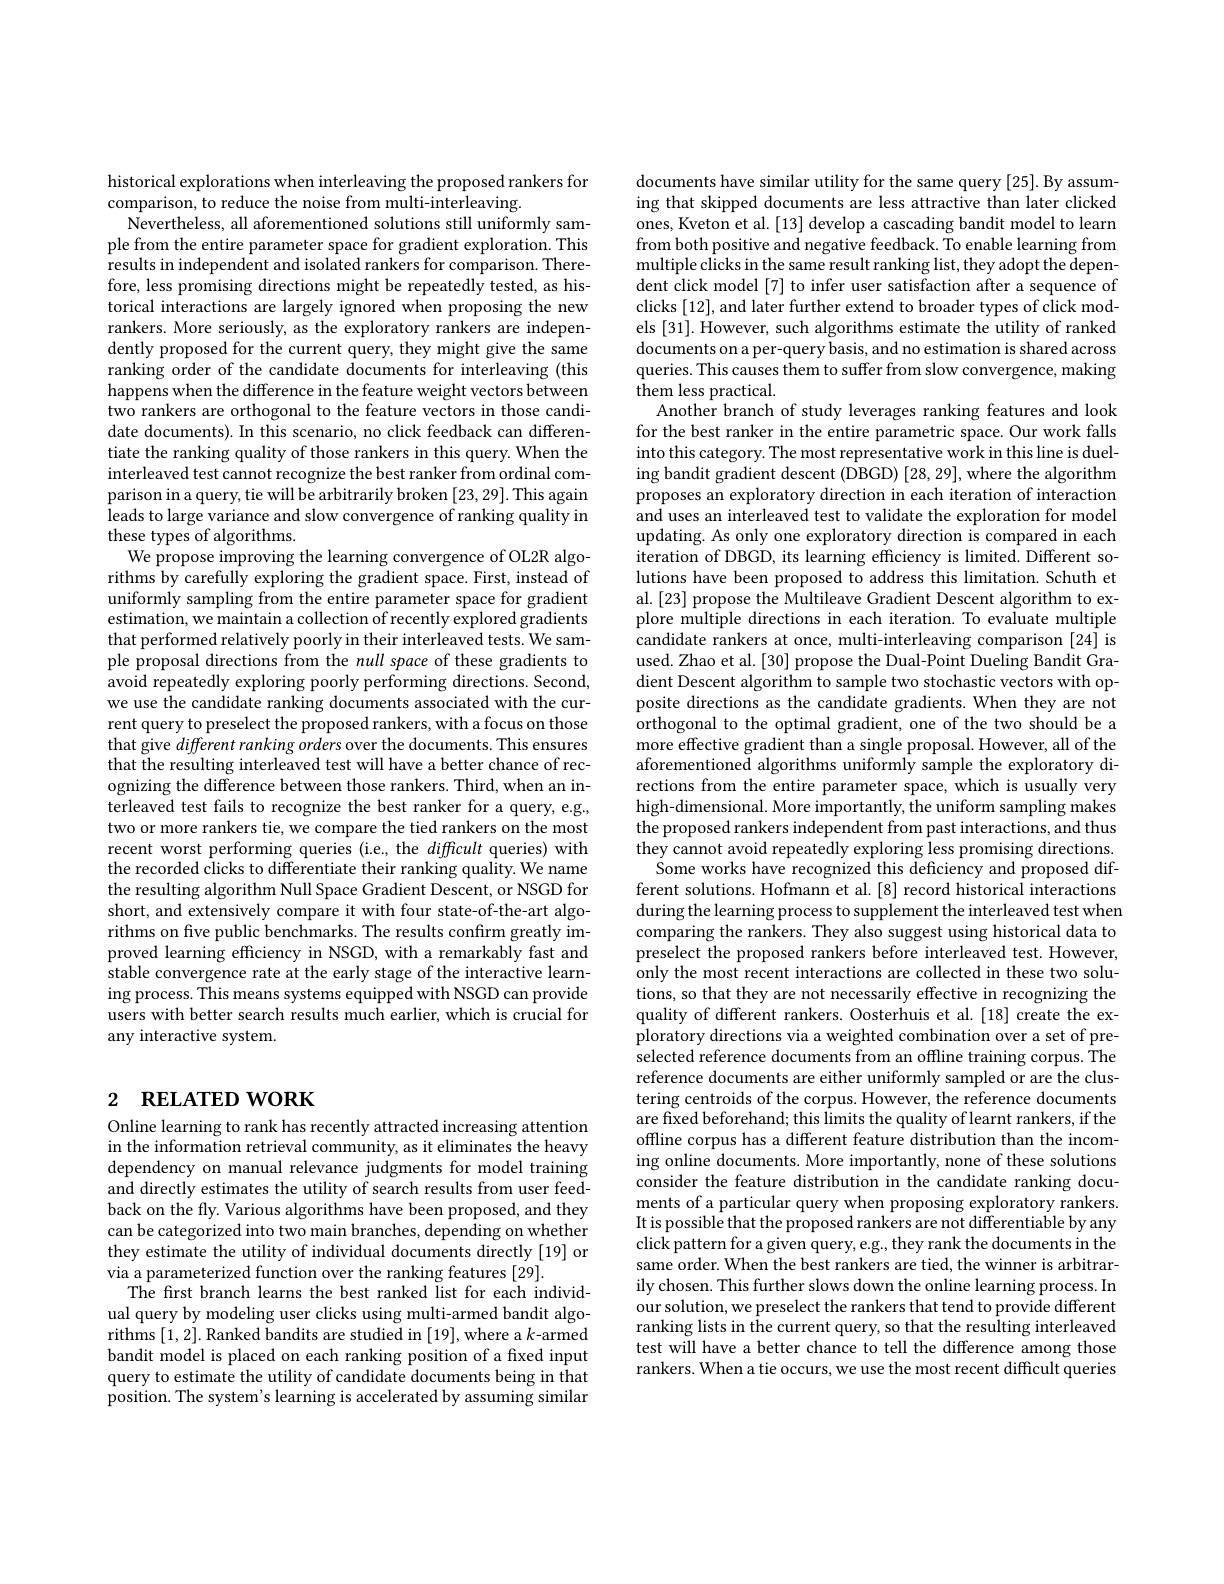
historical explorations when interleaving the proposed rankers for
comparison, to reduce the noise from multi-interleaving.
Nevertheless, all aforementioned solutions still uniformly sample from the entire parameter space for gradient exploration. This results in independent and isolated rankers for comparison. Therefore, less promising directions might be repeatedly tested, as historical interactions are largely ignored when proposing the new rankers. More seriously, as the exploratory rankers are independently proposed for the current query, they might give the same ranking order of the candidate documents for interleaving (this happens when the difference in the feature weight vectors between two rankers are orthogonal to the feature vectors in those candidate documents). In this scenario, no click feedback can differentiate the ranking quality of those rankers in this query. When the interleaved test cannot recognize the best ranker from ordinal comparison in a query, tie will be arbitrarily broken [23,29]. This again leads to large variance and slow convergence of ranking quality in these types of algorithms.
We propose improving the learning convergence of OL2R algorithms by carefully exploring the gradient space. First, instead of uniformly sampling from the entire parameter space for gradient estimation, we maintain a collection of recently explored gradients that performed relatively poorly in their interleaved tests. We sample proposal directions from the null space of these gradients to avoid repeatedly exploring poorly performing directions. Second, we use the candidate ranking documents associated with the current query to preselect the proposed rankers, with a focus on those that give different ranking orders over the documents. This ensures that the resulting interleaved test will have a better chance of recognizing the difference between those rankers. Third, when an interleaved test fails to recognize the best ranker for a query, e.g. two or more rankers tie, we compare the tied rankers on the most recent worst performing queries (i.e., the difficult queries) with the recorded clicks to differentiate their ranking quality. We name the resulting algorithm Null Space Gradient Descent, or NSGD for short, and extensively compare it with four state-of-the-art algorithms on five public benchmarks. The results confirm greatly improved learning efficiency in NSGD, with a remarkably fast and stable convergence rate at the early stage of the interactive learning process. This means systems equipped with NSGD can provide users with better search results much earlier, which is crucial for any interactive system.

# 2 RELATED WORK

Online learning to rank has recently attracted increasing attention in the information retrieval community, as it eliminates the heavy dependency on manual relevance judgments for model training and directly estimates the utility of search results from user feedback on the fly. Various algorithms have been proposed, and they can be categorized into two main branches, depending on whether they estimate the utility of individual documents directly [19] or via a parameterized function over the ranking features [29].
The first branch learns the best ranked list for each individual query by modeling user clicks using multi-armed bandit algorithms [1,2]. Ranked bandits are studied in [19],where a $k$-armed bandit model is placed on each ranking position of a fixed input query to estimate the utility of candidate documents being in that position. The system's learning is accelerated by assuming similar

documents have similar utility for the same query [25]. By assuming that skipped documents are less attractive than later clicked ones, Kveton et al. [13] develop a cascading bandit model to learn from both positive and negative feedback. To enable learning from multiple clicks in the same result ranking list, they adopt the dependent click model [7] to infer user satisfaction after a sequence of clicks [12], and later further extend to broader types of click models [31]. However, such algorithms estimate the utility of ranked documents on a per-query basis, and no estimation is shared across queries. This causes them to suffer from slow convergence, making them less practical.
Another branch of study leverages ranking features and look for the best ranker in the entire parametric space. Our work falls into this category. The most representative work in this line is dueling bandit gradient descent (DBGD) [28,29], where the algorithm proposes an exploratory direction in each iteration of interaction and uses an interleaved test to validate the exploration for model updating. As only one exploratory direction is compared in each iteration of DBGD, its learning efficiency is limited. Different solutions have been proposed to address this limitation. Schuth et al. [23] propose the Multileave Gradient Descent algorithm to explore multiple directions in each iteration. To evaluate multiple candidate rankers at once, multi-interleaving comparison [24] is used. Zhao et al.[30] propose the Dual-Point Dueling Bandit Gradient Descent algorithm to sample two stochastic vectors with opposite directions as the candidate gradients. When they are not orthogonal to the optimal gradient, one of the two should be a more effective gradient than a single proposal. However, all of the aforementioned algorithms uniformly sample the exploratory directions from the entire parameter space, which is usually very high-dimensional. More importantly, the uniform sampling makes the proposed rankers independent from past interactions, and thus they cannot avoid repeatedly exploring less promising directions.
Some works have recognized this deficiency and proposed different solutions. Hofmann et al.[8] record historical interactions during the learning process to supplement the interleaved test when comparing the rankers. They also suggest using historical data to preselect the proposed rankers before interleaved test. However, only the most recent interactions are collected in these two solutions, so that they are not necessarily effective in recognizing the quality of different rankers. Oosterhuis et al. [18] create the exploratory directions via a weighted combination over a set of preselected reference documents from an offline training corpus. The reference documents are either uniformly sampled or are the clustering centroids of the corpus. However, the reference documents are fixed beforehand; this limits the quality of learnt rankers, if the offline corpus has a different feature distribution than the incoming online documents. More importantly, none of these solutions consider the feature distribution in the candidate ranking documents of a particular query when proposing exploratory rankers. It is possible that the proposed rankers are not differentiable by any click pattern for a given query, e.g., they rank the documents in the same order. When the best rankers are tied, the winner is arbitrarily chosen. This further slows down the online learning process. In our solution, we preselect the rankers that tend to provide different ranking lists in the current query, so that the resulting interleaved test will have a better chance to tell the difference among those rankers. When a tie occurs, we use the most recent difficult queries